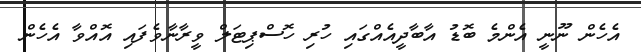
އެހެން ނޫނީ އެންމެ ބޮޑު އާބާދީއެއްގައި ހުރި ހޮސްޕިޓަލް ވީރާނާވެފައި އޮއްވާ އެހެން